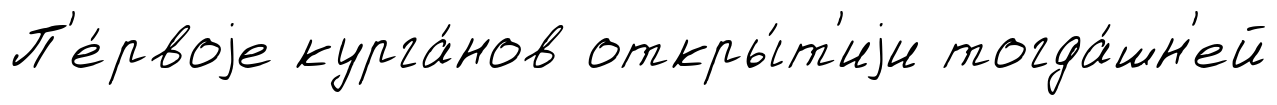
П'е́рвоjе курга́нов откры́т'иjи тогда́шн'ей